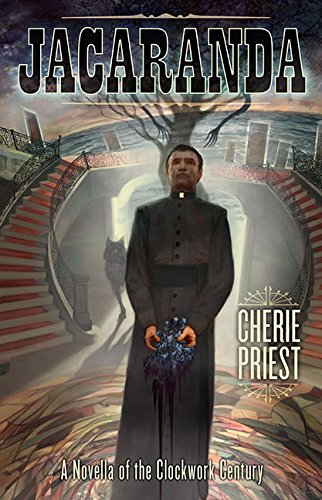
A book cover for Jacaranda: A Novella of the Clockwork Century; Cherie Priest; Science Fiction & Fantasy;